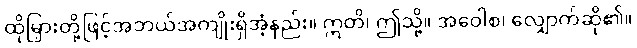
ထိုမြှားတို့ဖြင့်အဘယ်အကျိုးရှိအံ့နည်း။ ဣတိ၊ ဤသို့။ အဝေါစ၊ လျှောက်ဆို၏။